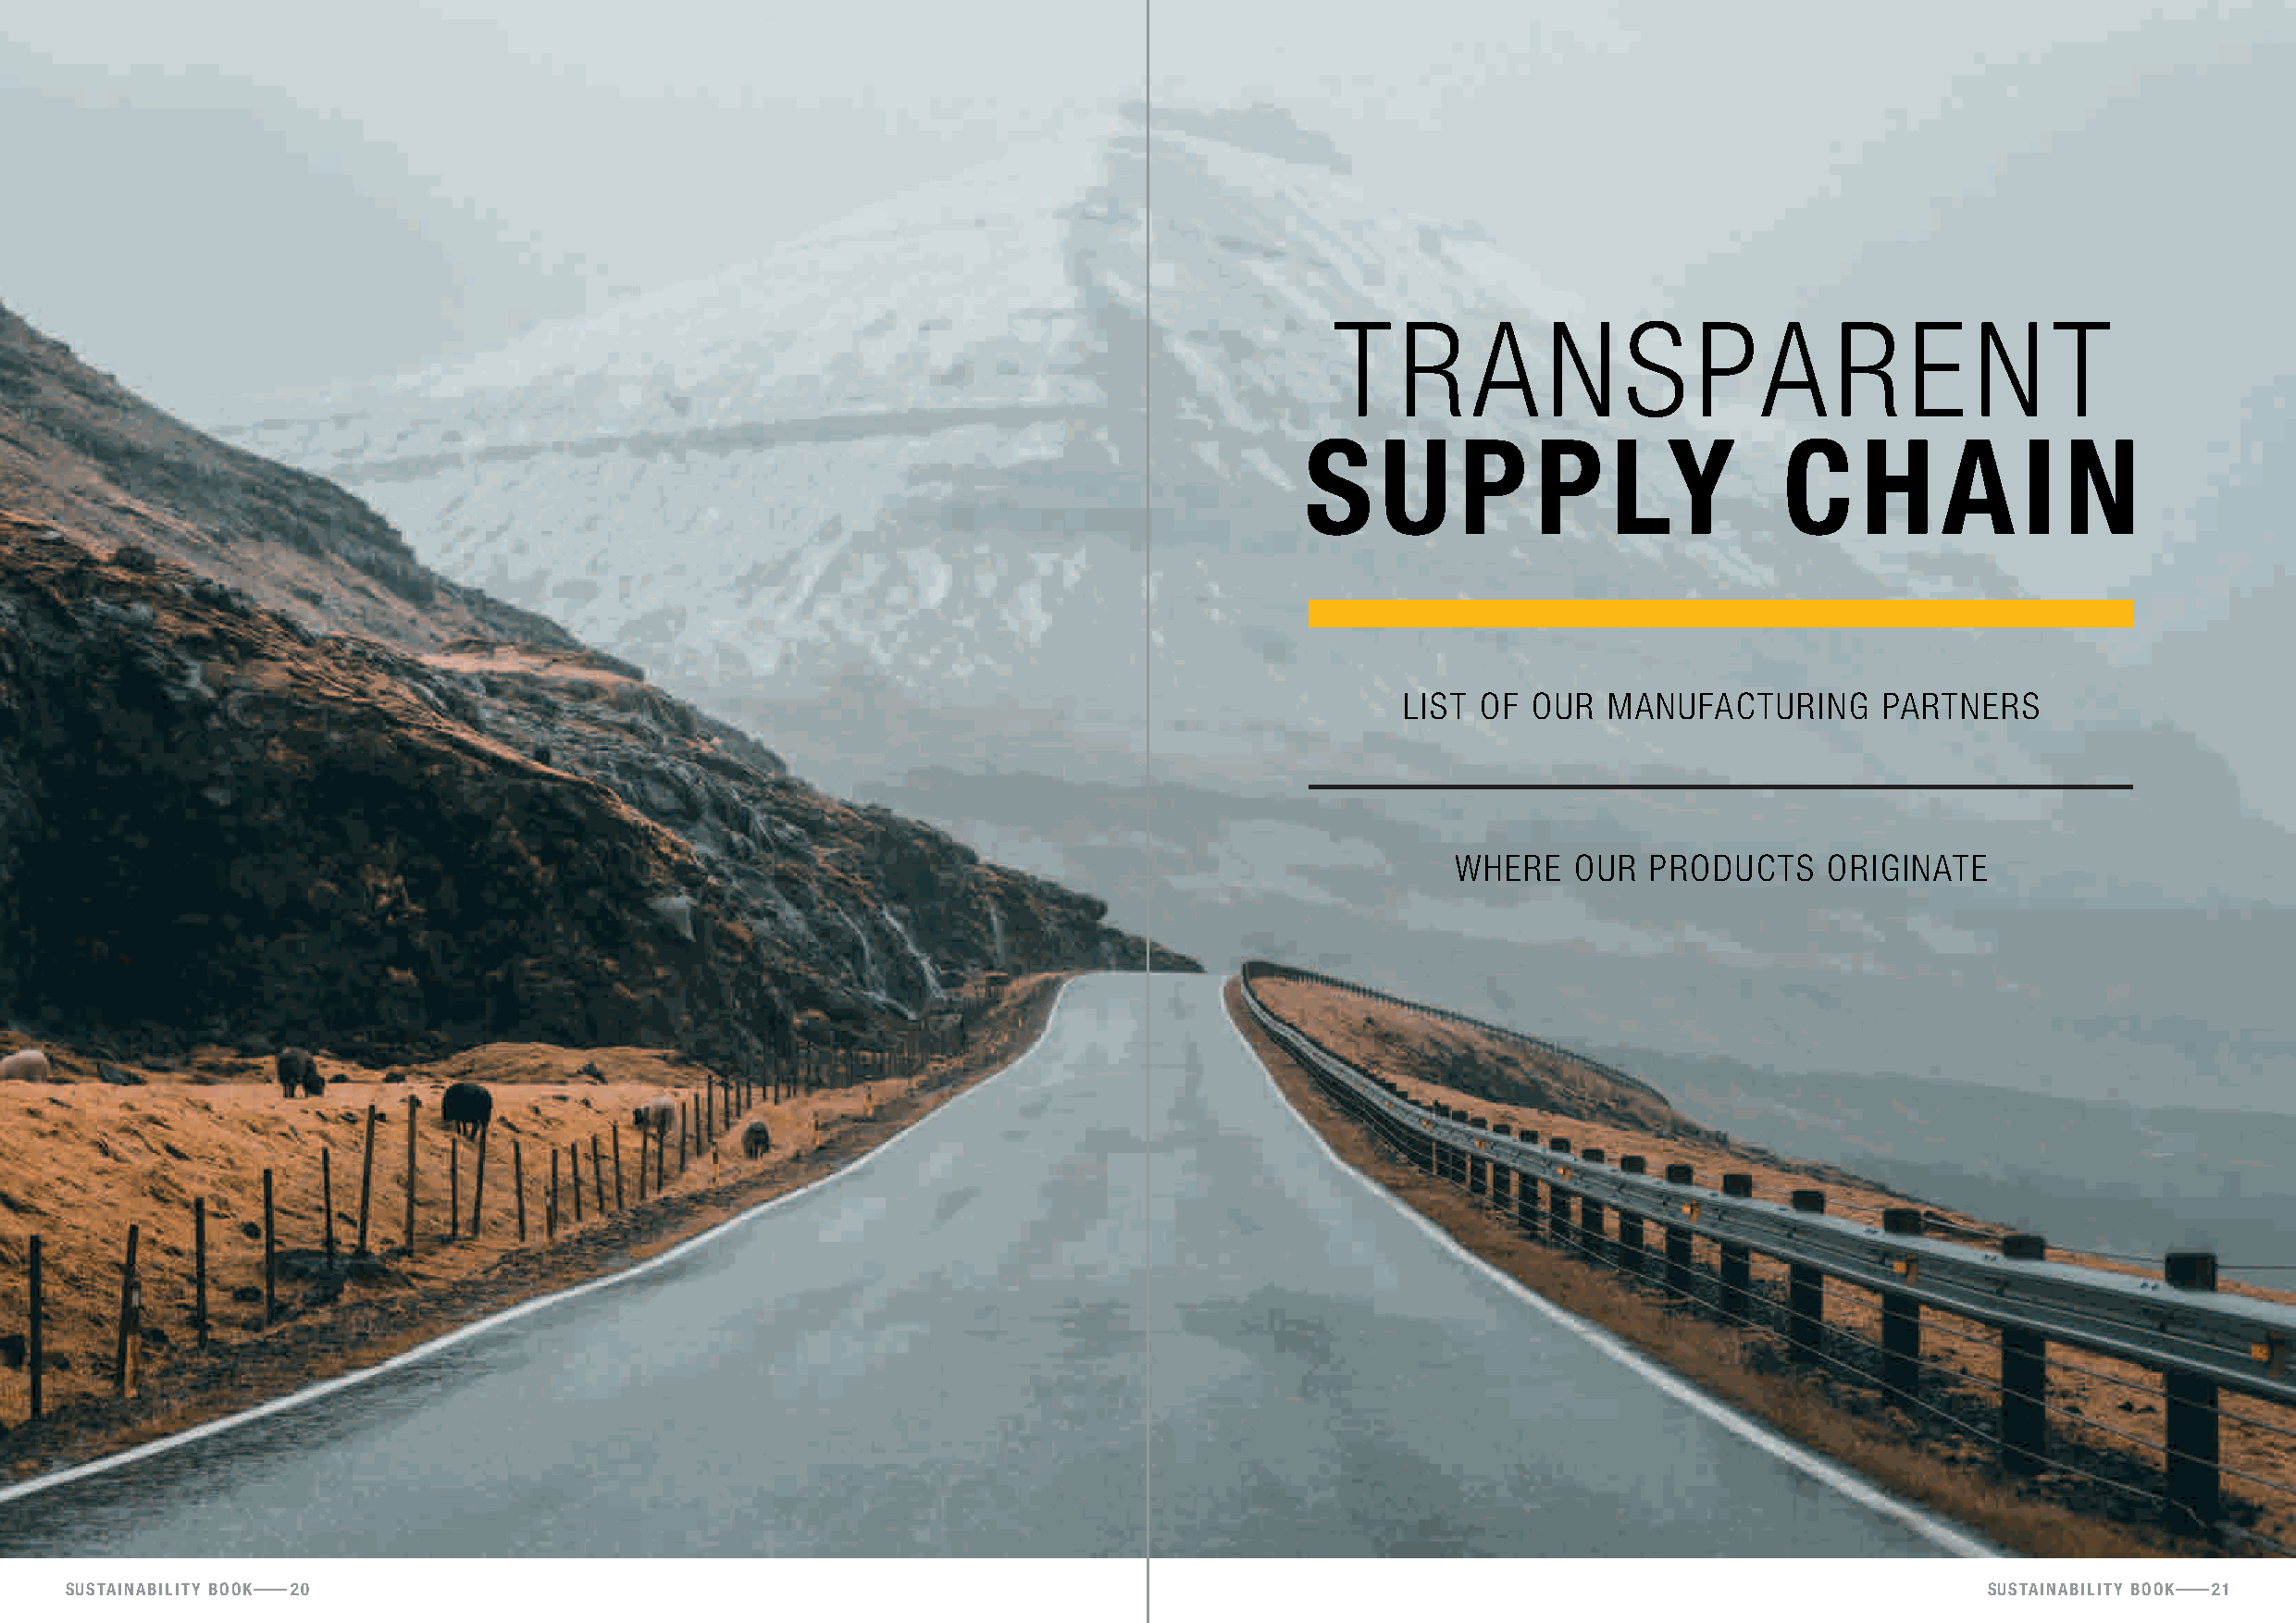
T    rAnSp                     Ar        e    nT
 s     u    p     p    ly          c     h     aI      N
 lIST  of our   mAnuf   AcTurInG  p  ArTnerS
 WHere   our   producTS    orIGInATe
 sustainability booK 20                                                                                                                   sustainability booK 21